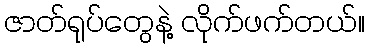
ဇာတ်ရုပ်တွေနဲ့ လိုက်ဖက်တယ်။